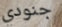
جنودي